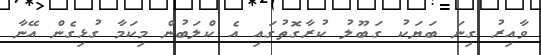
ވާއިރު ގިނަ ބަޔަކު ގަބޫލު ކުރާގޮތުގައި އެ ކްލަބުން މިކަމާ ގުޅިގެން އޭނާ